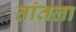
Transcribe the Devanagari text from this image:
तांतला